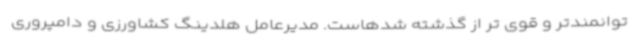
توانمندتر و قوی تر از گذشته شدهاست. مدیرعامل هلدینگ کشاورزی و دامپروری